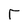
Character: T